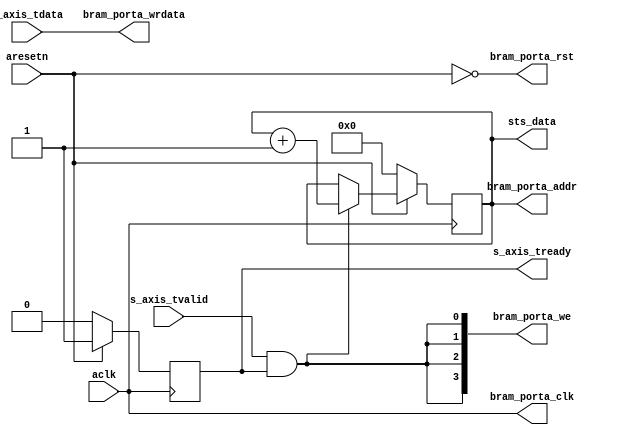
module axis_bram_writer_1 #
(
  parameter integer AXIS_TDATA_WIDTH = 32,
  parameter integer BRAM_DATA_WIDTH = 32,
  parameter integer BRAM_ADDR_WIDTH = 10
)
(
  input  wire                         aclk,
  input  wire                         aresetn,
  output wire [BRAM_ADDR_WIDTH-1:0]   sts_data,
  output wire                         s_axis_tready,
  input  wire [AXIS_TDATA_WIDTH-1:0]  s_axis_tdata,
  input  wire                         s_axis_tvalid,
  output wire                         bram_porta_clk,
  output wire                         bram_porta_rst,
  output wire [BRAM_ADDR_WIDTH-1:0]   bram_porta_addr,
  output wire [BRAM_DATA_WIDTH-1:0]   bram_porta_wrdata,
  output wire [BRAM_DATA_WIDTH/8-1:0] bram_porta_we
);
  reg [BRAM_ADDR_WIDTH-1:0] int_addr_reg, int_addr_next;
  reg int_enbl_reg, int_enbl_next;
  always @(posedge aclk)
  begin
    if(~aresetn)
    begin
      int_addr_reg <= {(BRAM_ADDR_WIDTH){1'b0}};
      int_enbl_reg <= 1'b0;
    end
    else
    begin
      int_addr_reg <= int_addr_next;
      int_enbl_reg <= int_enbl_next;
    end
  end
  always @*
  begin
    int_addr_next = int_addr_reg;
    int_enbl_next = int_enbl_reg;
    if(~int_enbl_reg)
    begin
      int_enbl_next = 1'b1;
    end
    if(s_axis_tvalid & int_enbl_reg)
    begin
      int_addr_next = int_addr_reg + 1'b1;
    end
  end
  assign sts_data = int_addr_reg;
  assign s_axis_tready = int_enbl_reg;
  assign bram_porta_clk = aclk;
  assign bram_porta_rst = ~aresetn;
  assign bram_porta_addr = int_addr_reg;
  assign bram_porta_wrdata = s_axis_tdata;
  assign bram_porta_we = {(BRAM_DATA_WIDTH/8){s_axis_tvalid & int_enbl_reg}};
endmodule